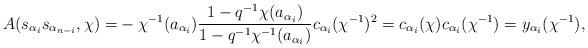
LaTeX: \begin{align*}A(s_{\alpha_i}s_{\alpha_{n-i}},\chi)=&-\chi^{-1}(a_{\alpha_i})\frac{1-q^{-1}\chi(a_{\alpha_i})}{1-q^{-1}\chi^{-1}(a_{\alpha_i})}c_{\alpha_i}(\chi^{-1})^2=c_{\alpha_i}(\chi)c_{\alpha_i}(\chi^{-1})=y_{\alpha_i}(\chi^{-1}),\end{align*}